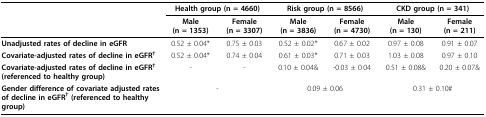
<table><thead><tr><td></td><td colspan="2"><b>Health group (n = 4660)</b></td><td colspan="2"><b>Risk group (n = 8566)</b></td><td colspan="2"><b>CKD group (n = 341)</b></td></tr><tr><td></td><td><b>Male(n = 1353)</b></td><td><b>Female(n = 3307)</b></td><td><b>Male(n = 3836)</b></td><td><b>Female(n = 4730)</b></td><td><b>Male(n = 130)</b></td><td><b>Female(n = 211)</b></td></tr></thead><tbody><tr><td><b>Unadjusted rates of decline in eGFR</b></td><td>0.52 ± 0.04*</td><td>0.75 ± 0.03</td><td>0.52 ± 0.02*</td><td>0.67 ± 0.02</td><td>0.97 ± 0.08</td><td>0.91 ± 0.07</td></tr><tr><td><b>Covariate-adjusted rates of decline in eGFR<sup>†</sup></b></td><td>0.52 ± 0.04*</td><td>0.74 ± 0.04</td><td>0.61 ± 0.03*</td><td>0.71 ± 0.03</td><td>1.03 ± 0.08</td><td>0.97 ± 0.10</td></tr><tr><td><b>Covariate-adjusted rates of decline in eGFR<sup>† </sup>(referenced to healthy group)</b></td><td>-</td><td>-</td><td>0.10 ± 0.04&amp;</td><td>-0.03 ± 0.04</td><td>0.51 ± 0.08&amp;</td><td>0.20 ± 0.07&amp;</td></tr><tr><td><b>Gender difference of covariate adjusted rates of decline in eGFR<sup>† </sup>(referenced to healthy group)</b></td><td colspan="2">-</td><td colspan="2">0.09 ± 0.06</td><td colspan="2">0.31 ± 0.10#</td></tr></tbody></table>